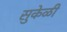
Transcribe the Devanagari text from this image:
सुकेळी